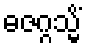
ဓဇဂ္ဂသ္မိံ